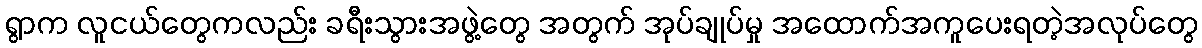
ရွာက လူငယ်တွေကလည်း ခရီးသွားအဖွဲ့တွေ အတွက် အုပ်ချုပ်မှု အထောက်အကူပေးရတဲ့အလုပ်တွေ